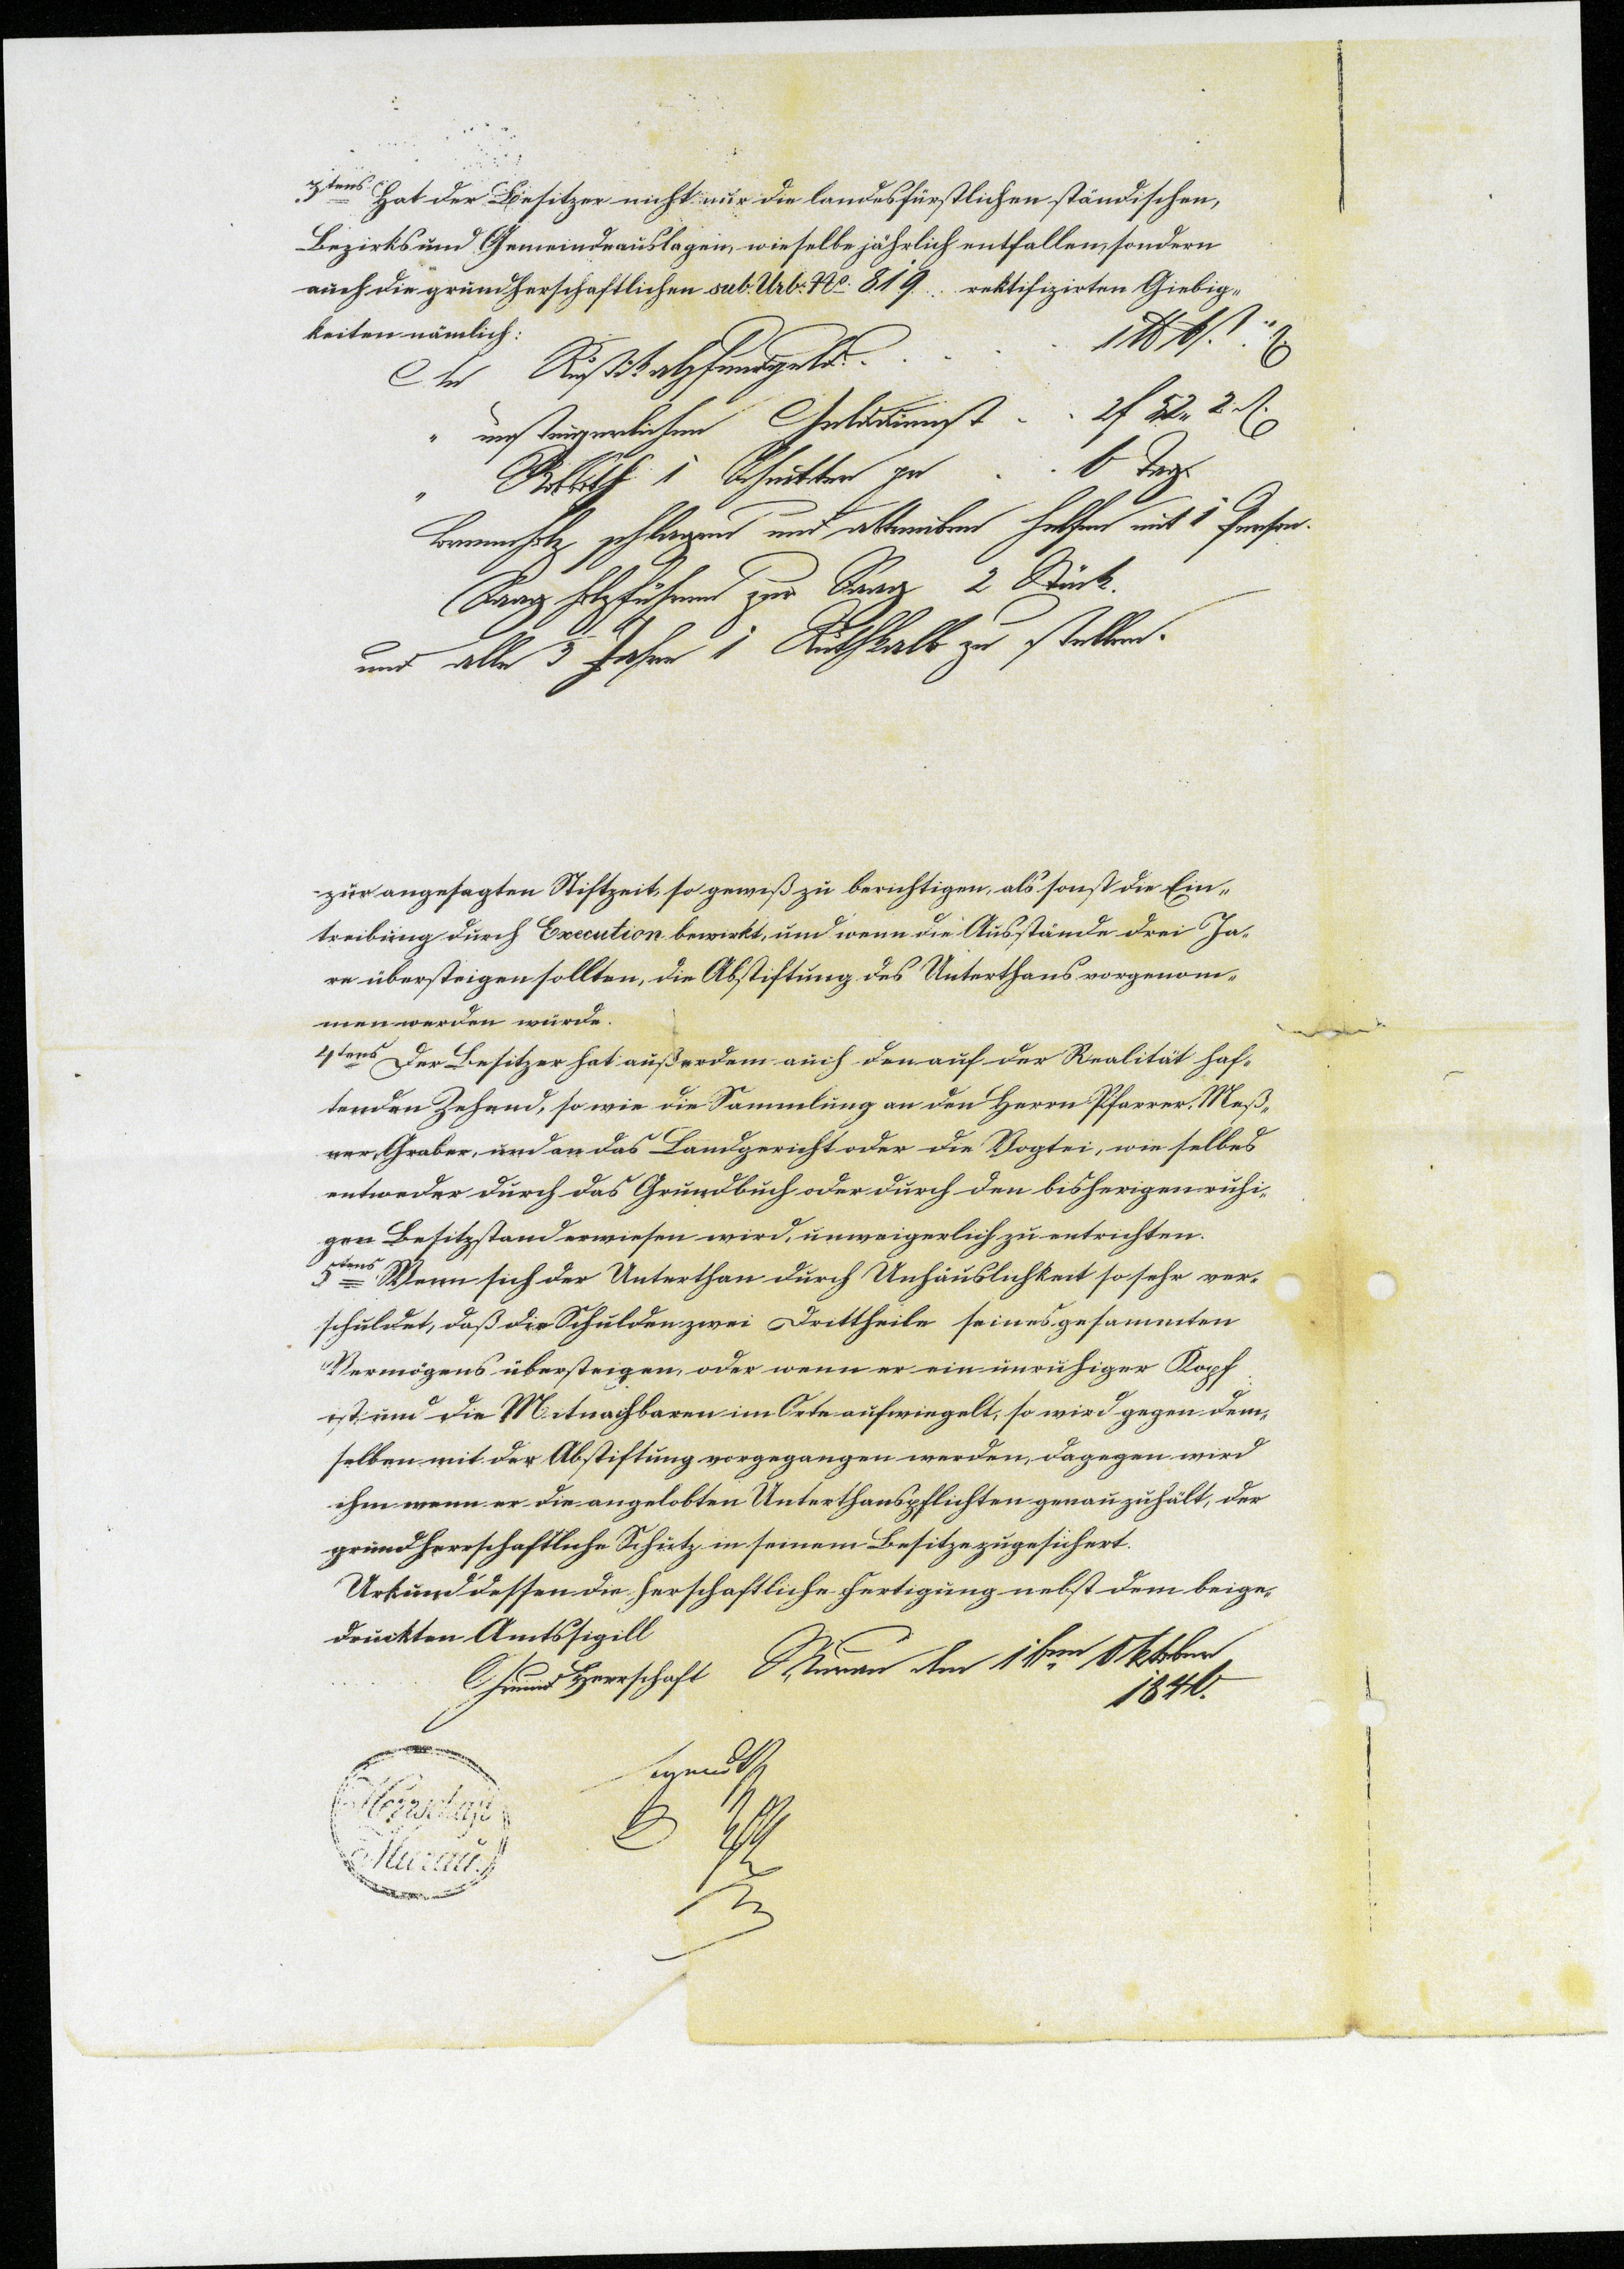
3tens Hat der Besitzer nicht nur die landesfürstlichen ständischen,
Bezirks und Gemeindeauslagen, wieselbe jährlich entfallen, sondern
auch die grundherrschaftlichen sub. Urb. No. 819 rektifizirten Giebig¬
keiten nämlich:
An Rustikalpfendgeld ...... 1 lb
" unsteuperlichen Gelddienst .. 2f 52,, 2dn
" Robboth 1 Schnitter pr .. 6 Tag.
Brennholz schlagen und abtreiben helfen mit 1 Person.
Saagholzführen zur Saag 2 Stück.
und alle 3 Jahre 1 Stutkalb zu stellen.
zur angesagten Stiftzeit, so gewiß zu berichtigen, als sonst die Ein¬
treibung durch Execution bewirkt, und wenn die Ausstände drei Ja¬
re übersteigen sollten, die Abstiftung des Unterthans vorgenom¬
men werden würde.
4tens Der Besitzer hat außerdem auch den auf der Realität haf¬
tenden Zehend, sowie die Sammlung an den Herrn Pfarrer, Meß¬
ner, Graber, und an das Landgericht oder die Vogtei, wie selbes
entweder durch das Grundbuch oder durch den bisherigen ruhi¬
gen Besitzstand erwiesen wird, unweigerlich zu entrichten.
5tens Wenn sich der Unterthan durch Unhäuslichkeit so sehr ver¬
schuldet, daß die Schulden zwei Drittheile seines gesammten
Vermögens übersteigen, oder wenn er ein unruhiger Kopf
ist und die Mitnachbaren im Orte aufwiegelt, so wird gegen dem¬
selben mit der Abstiftung vorgegangen werden, dagegen wird
ihm wenn er die angelobten Unterthanspflichten genau zuhält, der
grundherrschaftliche Schutz in seinem Besitze zugesichert.
Urkund dessen die herschaftliche Fertigung nebst dem beige¬
druckten Amtssigill
Murau den 1ten Oktober
Grund Herrschaft
1846.

Herrschaft
Murau